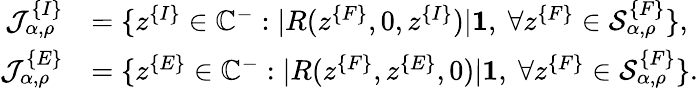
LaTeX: \begin{array}{rl}{\mathcal{J}_{\alpha,\rho}^{\{ I\} }}&{=\{ z^{\{ I\} }\in\mathbb{C}^{-}:|R(z^{\{ F\} },0,z^{\{ I\} })|\le 1,\ \forall z^{\{ F\} }\in\mathcal{S}_{\alpha,\rho}^{\{ F\} }\} ,}\\ {\mathcal{J}_{\alpha,\rho}^{\{ E\} }}&{=\{ z^{\{ E\} }\in\mathbb{C}^{-}:|R(z^{\{ F\} },z^{\{ E\} },0)|\le 1,\ \forall z^{\{ F\} }\in\mathcal{S}_{\alpha,\rho}^{\{ F\} }\} .}\end{array}